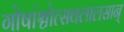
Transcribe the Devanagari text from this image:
गोषांश्चोत्सवलालसान्‌